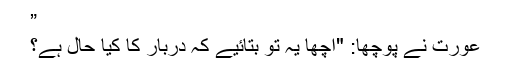
”
عورت نے پوچھا: "اچھا یہ تو بتائیے کہ دربار کا کیا حال ہے؟